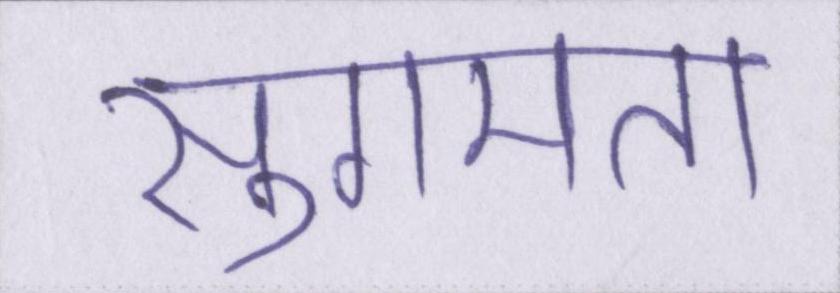
सुगमता